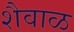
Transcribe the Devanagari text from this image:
शैवाळ